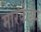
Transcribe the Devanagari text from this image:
मारर्कंडेय